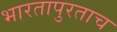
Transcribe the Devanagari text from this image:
भारतापुरताच